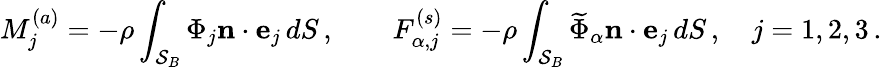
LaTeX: M_{j}^{(a)}=-\rho\int_{\mathcal{S}_{B}}\Phi_{j}\mathbf{n}\cdot\mathbf{e}_{j}\, dS\, ,\qquad F_{\alpha,j}^{(s)}=-\rho\int_{\mathcal{S}_{B}}\widetilde{\Phi}_{\alpha}\mathbf{n}\cdot\mathbf{e}_{j}\, dS\, ,\quad j=1,2,3\, .